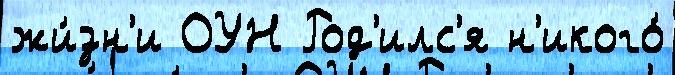
жи́зн'и ОУН Род'илс'я н'икого́